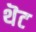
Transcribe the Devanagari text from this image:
थॆट